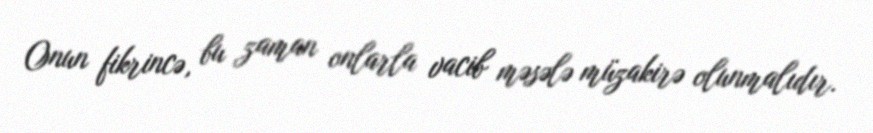
Onun fikrincə, bu zaman onlarla vacib məsələ müzakirə olunmalıdır.